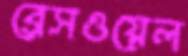
ব্রেসওয়েল